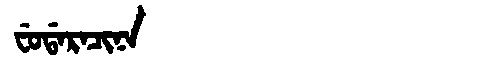
Manchu: ᠸᡠᡩᠠᡵᠠᠴᡳᠨᠠ
Romanization: FUDARACINA